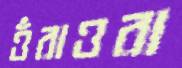
ওঁরাওরা